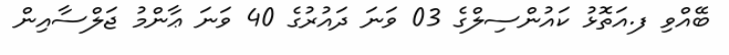
ބޭއްވި ފ.އަތޮޅު ކައުންސިލްގެ 03 ވަނަ ދައުރުގެ 40 ވަނަ ޢާންމު ޖަލްސާއިން